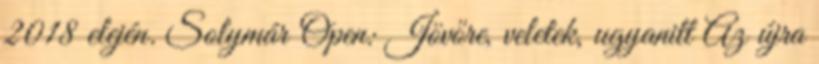
2018 elején. Solymár Open: Jövőre, veletek, ugyanitt Az újra